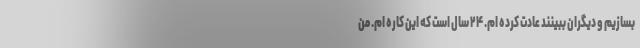
بسازیم و دیگران ببینند عادت کرده ام. ٢۴ سال است که این کاره ام. من